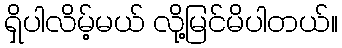
ရှိပါလိမ့်မယ် လို့မြင်မိပါတယ်။